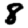
Digit: 8